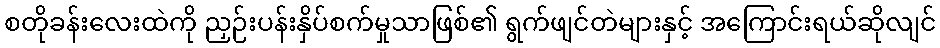
စတိုခန်းလေးထဲကို ညှဉ်းပန်းနှိပ်စက်မှုသာဖြစ်၏ ရွက်ဖျင်တဲများနှင့် အကြောင်းရယ်ဆိုလျင်